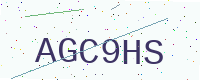
Text: AGC9HS